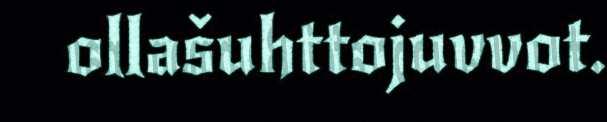
ollašuhttojuvvot.